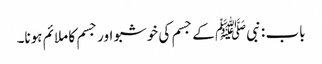
باب : نبیﷺ کے جسم کی خوشبو اور جسم کا ملائم ہونا۔